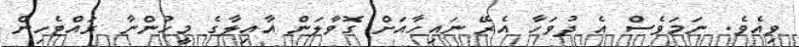
ވިއެވެ. ނަމަވެސް އެ ދުވަހާ އެރޭ ނައިހާއަށް ގޮވާލަން އާއިލާގެ މީހުންނާ ރައްޓެހިން